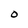
Character: O